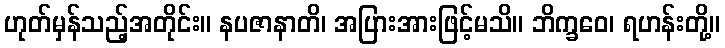
ဟုတ်မှန်သည့်အတိုင်း။ နပဇာနာတိ၊ အပြားအားဖြင့်မသိ။ ဘိက္ခဝေ၊ ရဟန်းတို့။